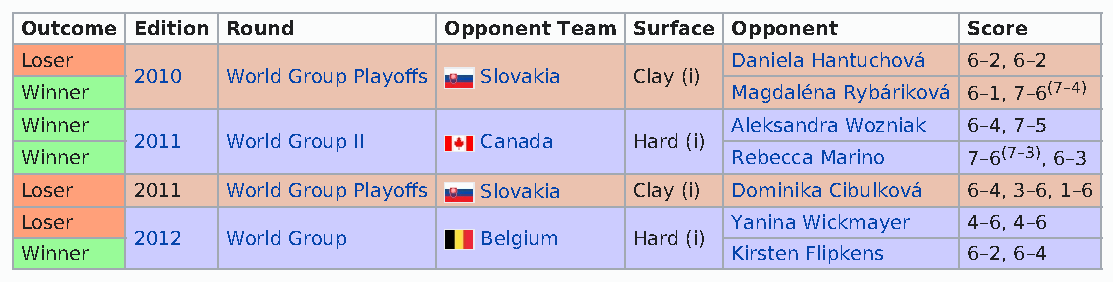
Outcome Edition Round       Opponent Team Surface Opponent     Score
 Loser                                          Daniela Hantuchová 6–2, 6–2
 2010  World Group Playoffs Slovakia Clay (i)
 Winner                                         Magdaléna Rybáriková 6–1, 7–6(7–4)
 Winner                                         Aleksandra Wozniak 6–4, 7–5
 2011  World Group II   Canada    Hard (i)
 Winner                                         Rebecca Marino  7–6(7–3), 6–3
 Loser   2011  World Group Playoffs Slovakia Clay (i) Dominika Cibulková 6–4, 3–6, 1–6
 Loser                                          Yanina Wickmayer 4–6, 4–6
 2012  World Group      Belgium   Hard (i)
 Winner                                         Kirsten Flipkens 6–2, 6–4